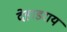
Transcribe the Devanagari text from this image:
देहाडराय